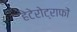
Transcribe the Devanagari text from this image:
हेटेरोट्राफों